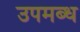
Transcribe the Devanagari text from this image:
उपमब्ध